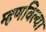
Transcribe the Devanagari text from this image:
म्हणविल्या